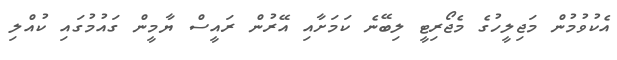
އެކުވުމުން މަޖިލީހުގެ މެޖޯރިޓީ ލިބޭނެ ކަމަށާއި އޭރުން ރައީސް ޔާމީން ގައުމުގައި ކުއްލި